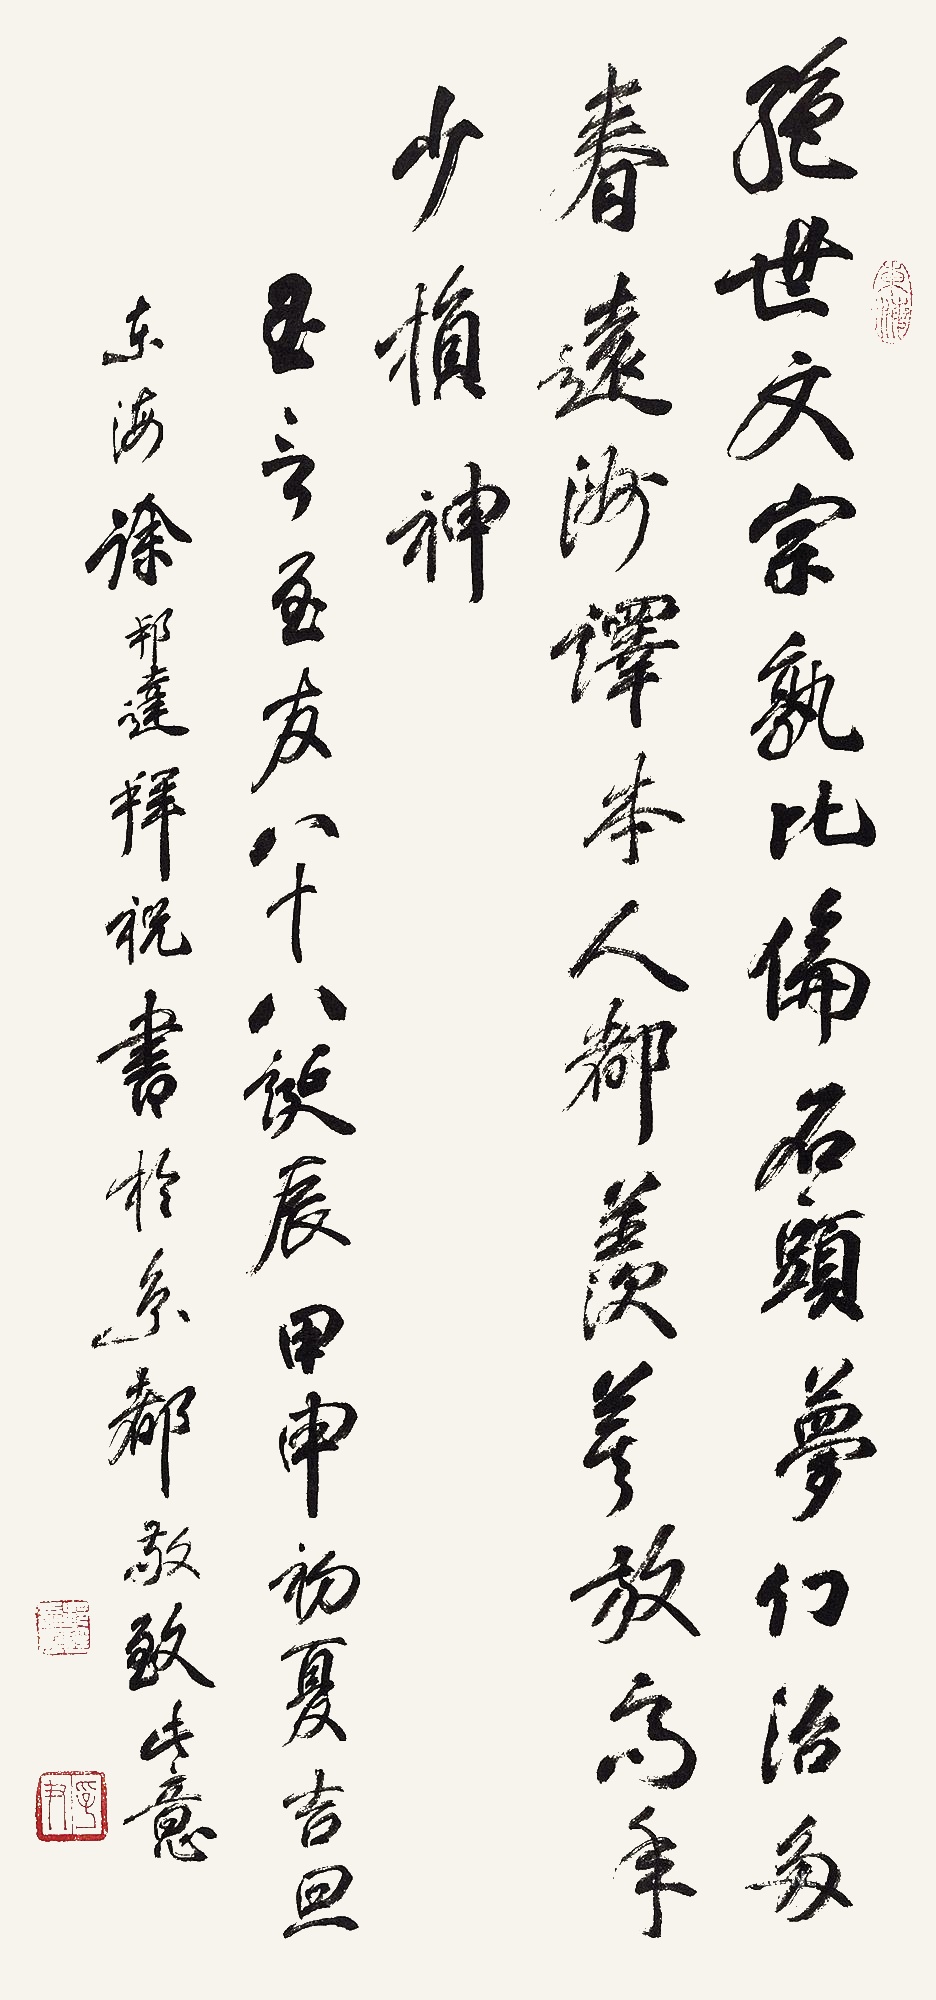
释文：绝世文宗孰比伦，石头梦幻治多春。远洲译本人都羡，莫放高年少损神。玉言至友八十八诞辰，甲申初夏吉旦，东海徐邦达拜祝书于京都，敬致此意。